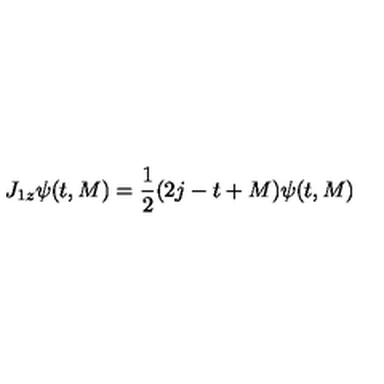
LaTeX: J _ { 1 z } \psi ( t , M ) = \frac { 1 } { 2 } ( 2 j - t + M ) \psi ( t , M )